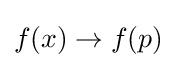
f(x)\to f(p)